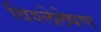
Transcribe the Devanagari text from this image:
विश्लेलेषण